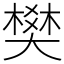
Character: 樊